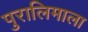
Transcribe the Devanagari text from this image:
पुरालिमाला